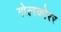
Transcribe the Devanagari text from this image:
गोल्स्कोरर